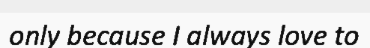
only because I always love to